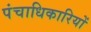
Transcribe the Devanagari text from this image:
पंचाधिकारियों